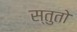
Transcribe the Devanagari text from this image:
स्तुतो